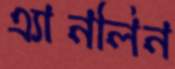
এ্যানলিন